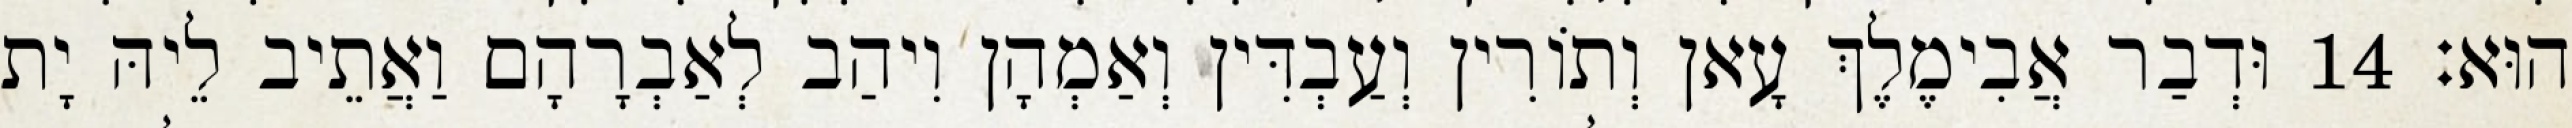
הוּא׃ 14 וּדְבַר אֲבִימֶלֶךְ עָאן וְתוֹרִין וְעַבְדִּין וְאַמְהָן וִיהַב לְאַבְרָהָם וַאֲתֵיב לֵיהּ יָת